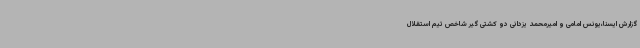
گزارش ایسنا،یونس امامی و امیرمحمد یزدانی دو کشتی گیر شاخص تیم استقلال